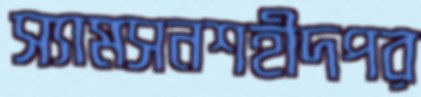
স্যামসনশহীদপর